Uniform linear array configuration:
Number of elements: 16
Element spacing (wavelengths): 1
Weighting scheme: cosine
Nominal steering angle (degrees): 15
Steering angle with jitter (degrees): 13.793
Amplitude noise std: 0.05
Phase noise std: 0.05

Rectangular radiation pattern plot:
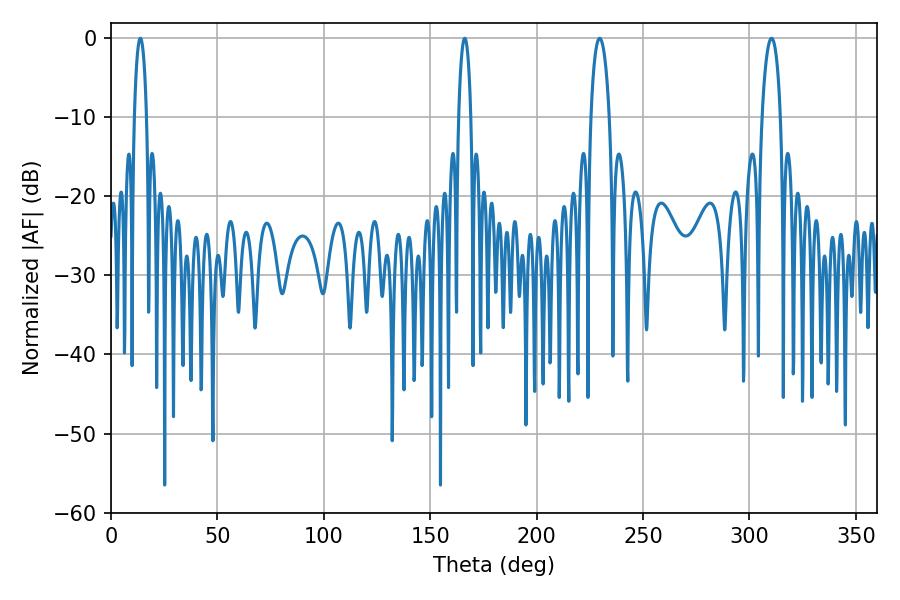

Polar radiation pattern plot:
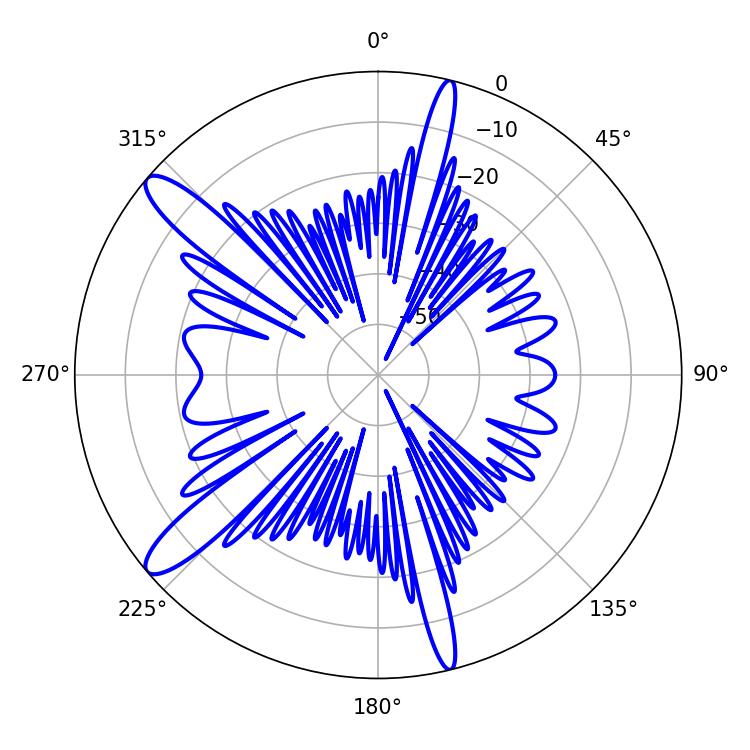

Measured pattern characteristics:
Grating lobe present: TRUE
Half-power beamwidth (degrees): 5.04
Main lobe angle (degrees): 310.32